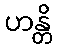
ဟန္တိ